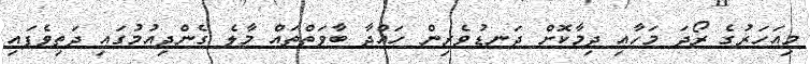
މިއަހަރުގެ ރޯދަ މަހާއި ދިމާކޮށް ދަނޑުވެރިން ހައްދާ ބާވަތްތައް މާލެ ގެންދިއުމުގައި ދަތިވެފައި